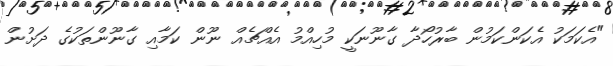
"އެކަމަކު އެކަންކަމުން ބާރުހޯދާ ގާނޫނަކީ މުހިއްމު އެއްޗެއް ނޫން ކަމާއި ގާނޫންތަކުގެ ދަށުން